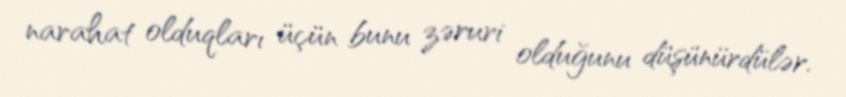
narahat olduqları üçün bunu zəruri olduğunu düşünürdülər.